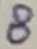
Text: 8